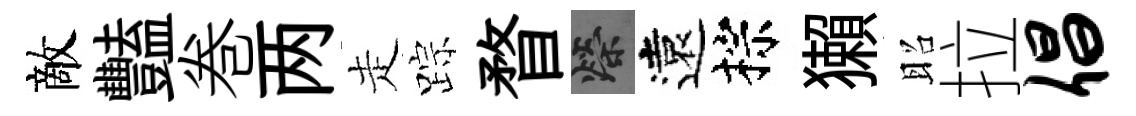
敵豔巻两走踪瞀榮遠棕獺昭拉倡